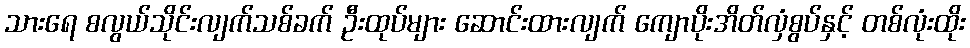
သားရေ စလွယ်သိုင်းလျက်သစ်ခက် ဦးထုပ်များ ဆောင်းထားလျက် ကျောပိုးအိတ်လှံစွပ်နှင့် တစ်လုံးထိုး